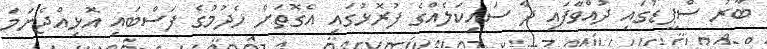
ބާރު ސްޕީޑުގައި ދުއްވާފައި ދާ ސައިކަލެއްގެ ފުރޮޅުގައި އެގޮތަށް ހެދުމުގެ ފަސްބައި އޮޅިއްޖެނަމަ